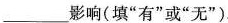
___影响(填”有”或”无”)。